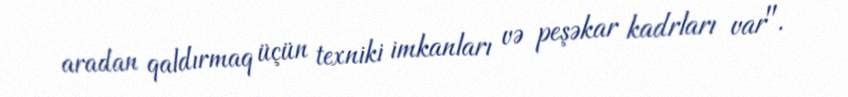
aradan qaldırmaq üçün texniki imkanları və peşəkar kadrları var".